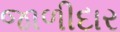
જાળીદાર